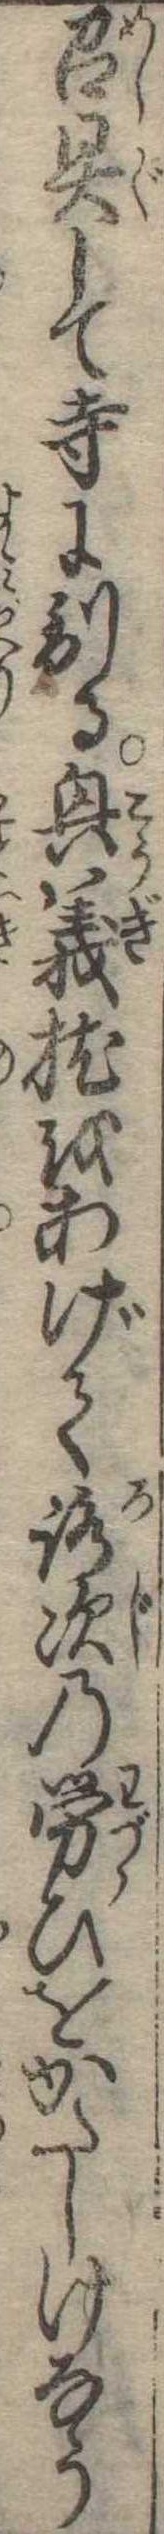
召具して寺に到る興義枕をあげて路次の労ひをかたしけなう